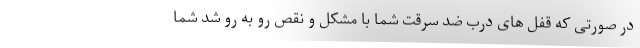
در صورتی که قفل های درب ضد سرقت شما با مشکل و نقص رو به رو شد شما